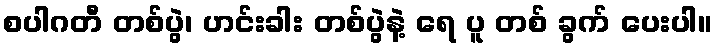
စပါဂတီ တစ်ပွဲ၊ ဟင်းခါး တစ်ပွဲနဲ့ ရေ ပူ တစ် ခွက် ပေးပါ။